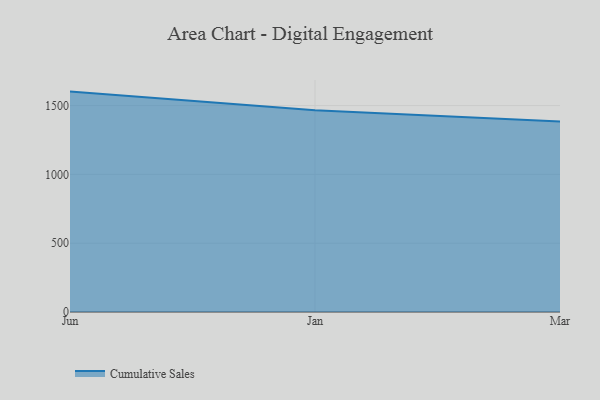
{"axis": {"x": "Month", "y": "Production Output"}, "legend": ["Cumulative Sales"], "data": [{"x": "Jun", "y": 1602.0, "type": "Cumulative Sales"}, {"x": "Jan", "y": 1466.1, "type": "Cumulative Sales"}, {"x": "Mar", "y": 1383.8, "type": "Cumulative Sales"}]}